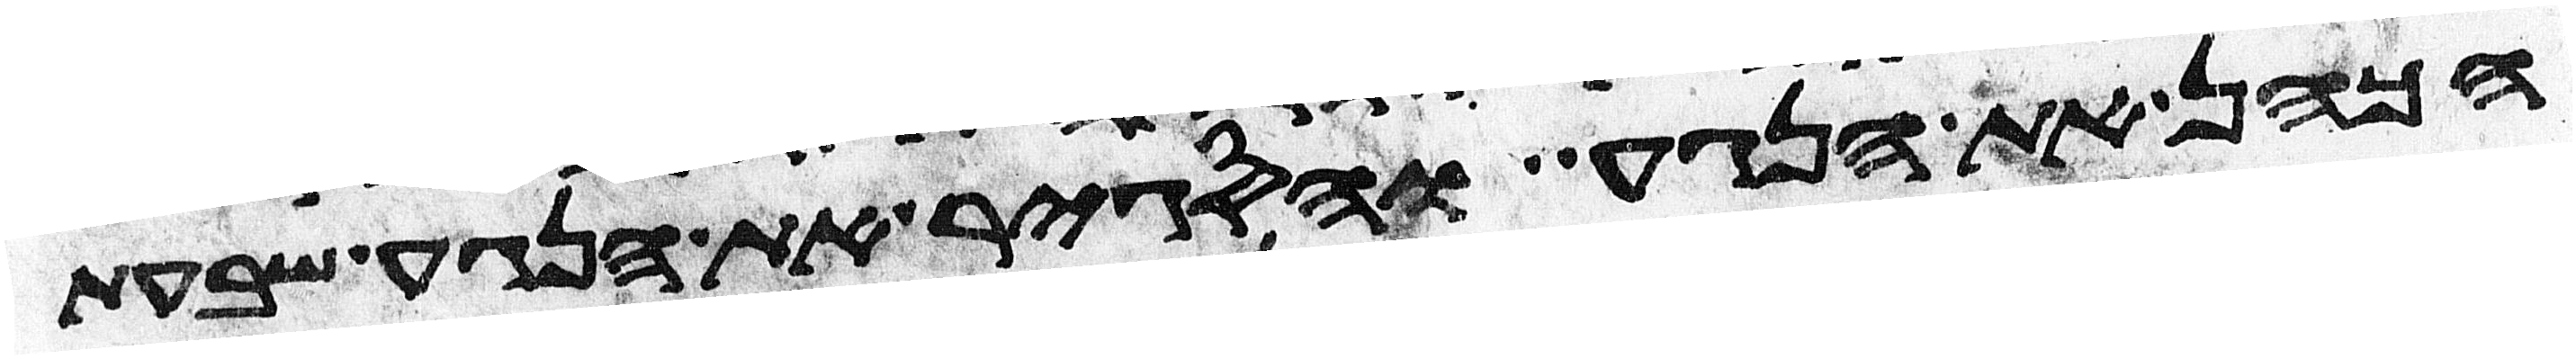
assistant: הכהן את הנגע והסגיר את הנגע שבעת